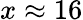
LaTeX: x\approx 16